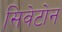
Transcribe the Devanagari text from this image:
सिवेटोन